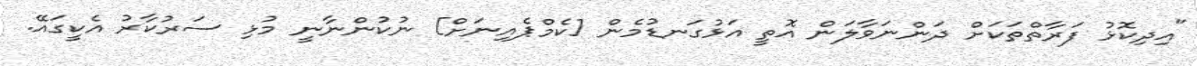
"އިދިކޮޅު ފަރާތްތަކަށް ދަންނަވާލަން އޮތީ އަޅުގަނޑުމެން [ކެމްޕެއިނަށް] ނުކުންނާނީ މުޅި ސަރުކާރު އެކީގައޭ.